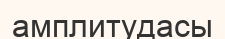
амплитудасы